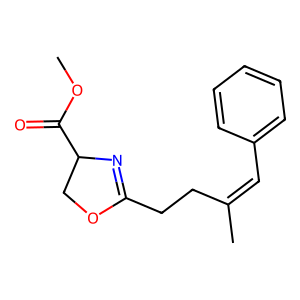
SMILES: COC(=O)C1COC(CCC(C)=Cc2ccccc2)=N1
Inhibits HIV replication: No